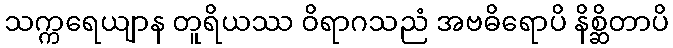
သက္ကရေယျာန တူရိယဿ ဝိရာဂသညံ အဗဓိရောပိ နိစ္ဆိတာပိ